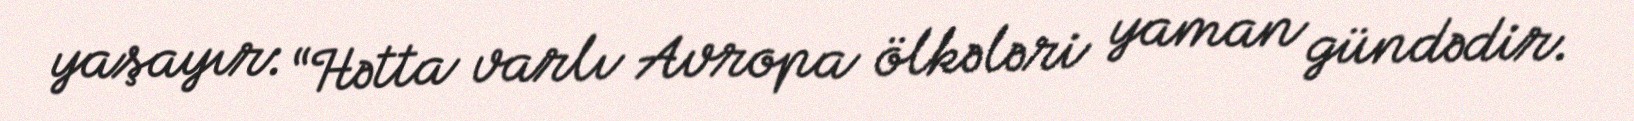
yaşayır: “Hətta varlı Avropa ölkələri yaman gündədir.